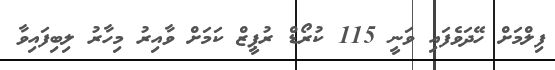
ފިލްމަށް ހޭދަވެފައި ވަނީ 115 ކުރޯޑް ރުޕީޒް ކަމަށް ވާއިރު މިހާރު ލިބިފައިވާ